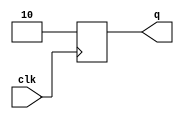
module top(input clk, output reg [1:0] q);
	wire [1:0] x = 2'b10;
	always @(posedge clk)
		q <= x & 2'b11;
endmodule